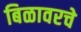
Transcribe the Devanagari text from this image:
बिळावरचे